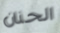
الحنان